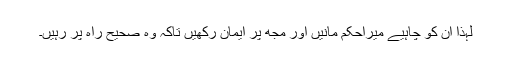
لہٰذا ان کو چاہیے میراحکم مانیں اور مجھ پر ایمان رکھیں تاکہ وہ صحیح راہ پر رہیں۔